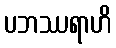
ပဘဿရာဟိ